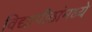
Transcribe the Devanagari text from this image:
विद्यापीठांमध्‍ये